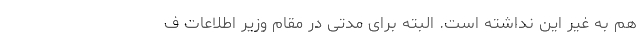
هم به غیر این نداشته است. البته برای مدتی در مقامِ وزیر اطلاعات ف